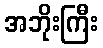
အဘိုးကြီး